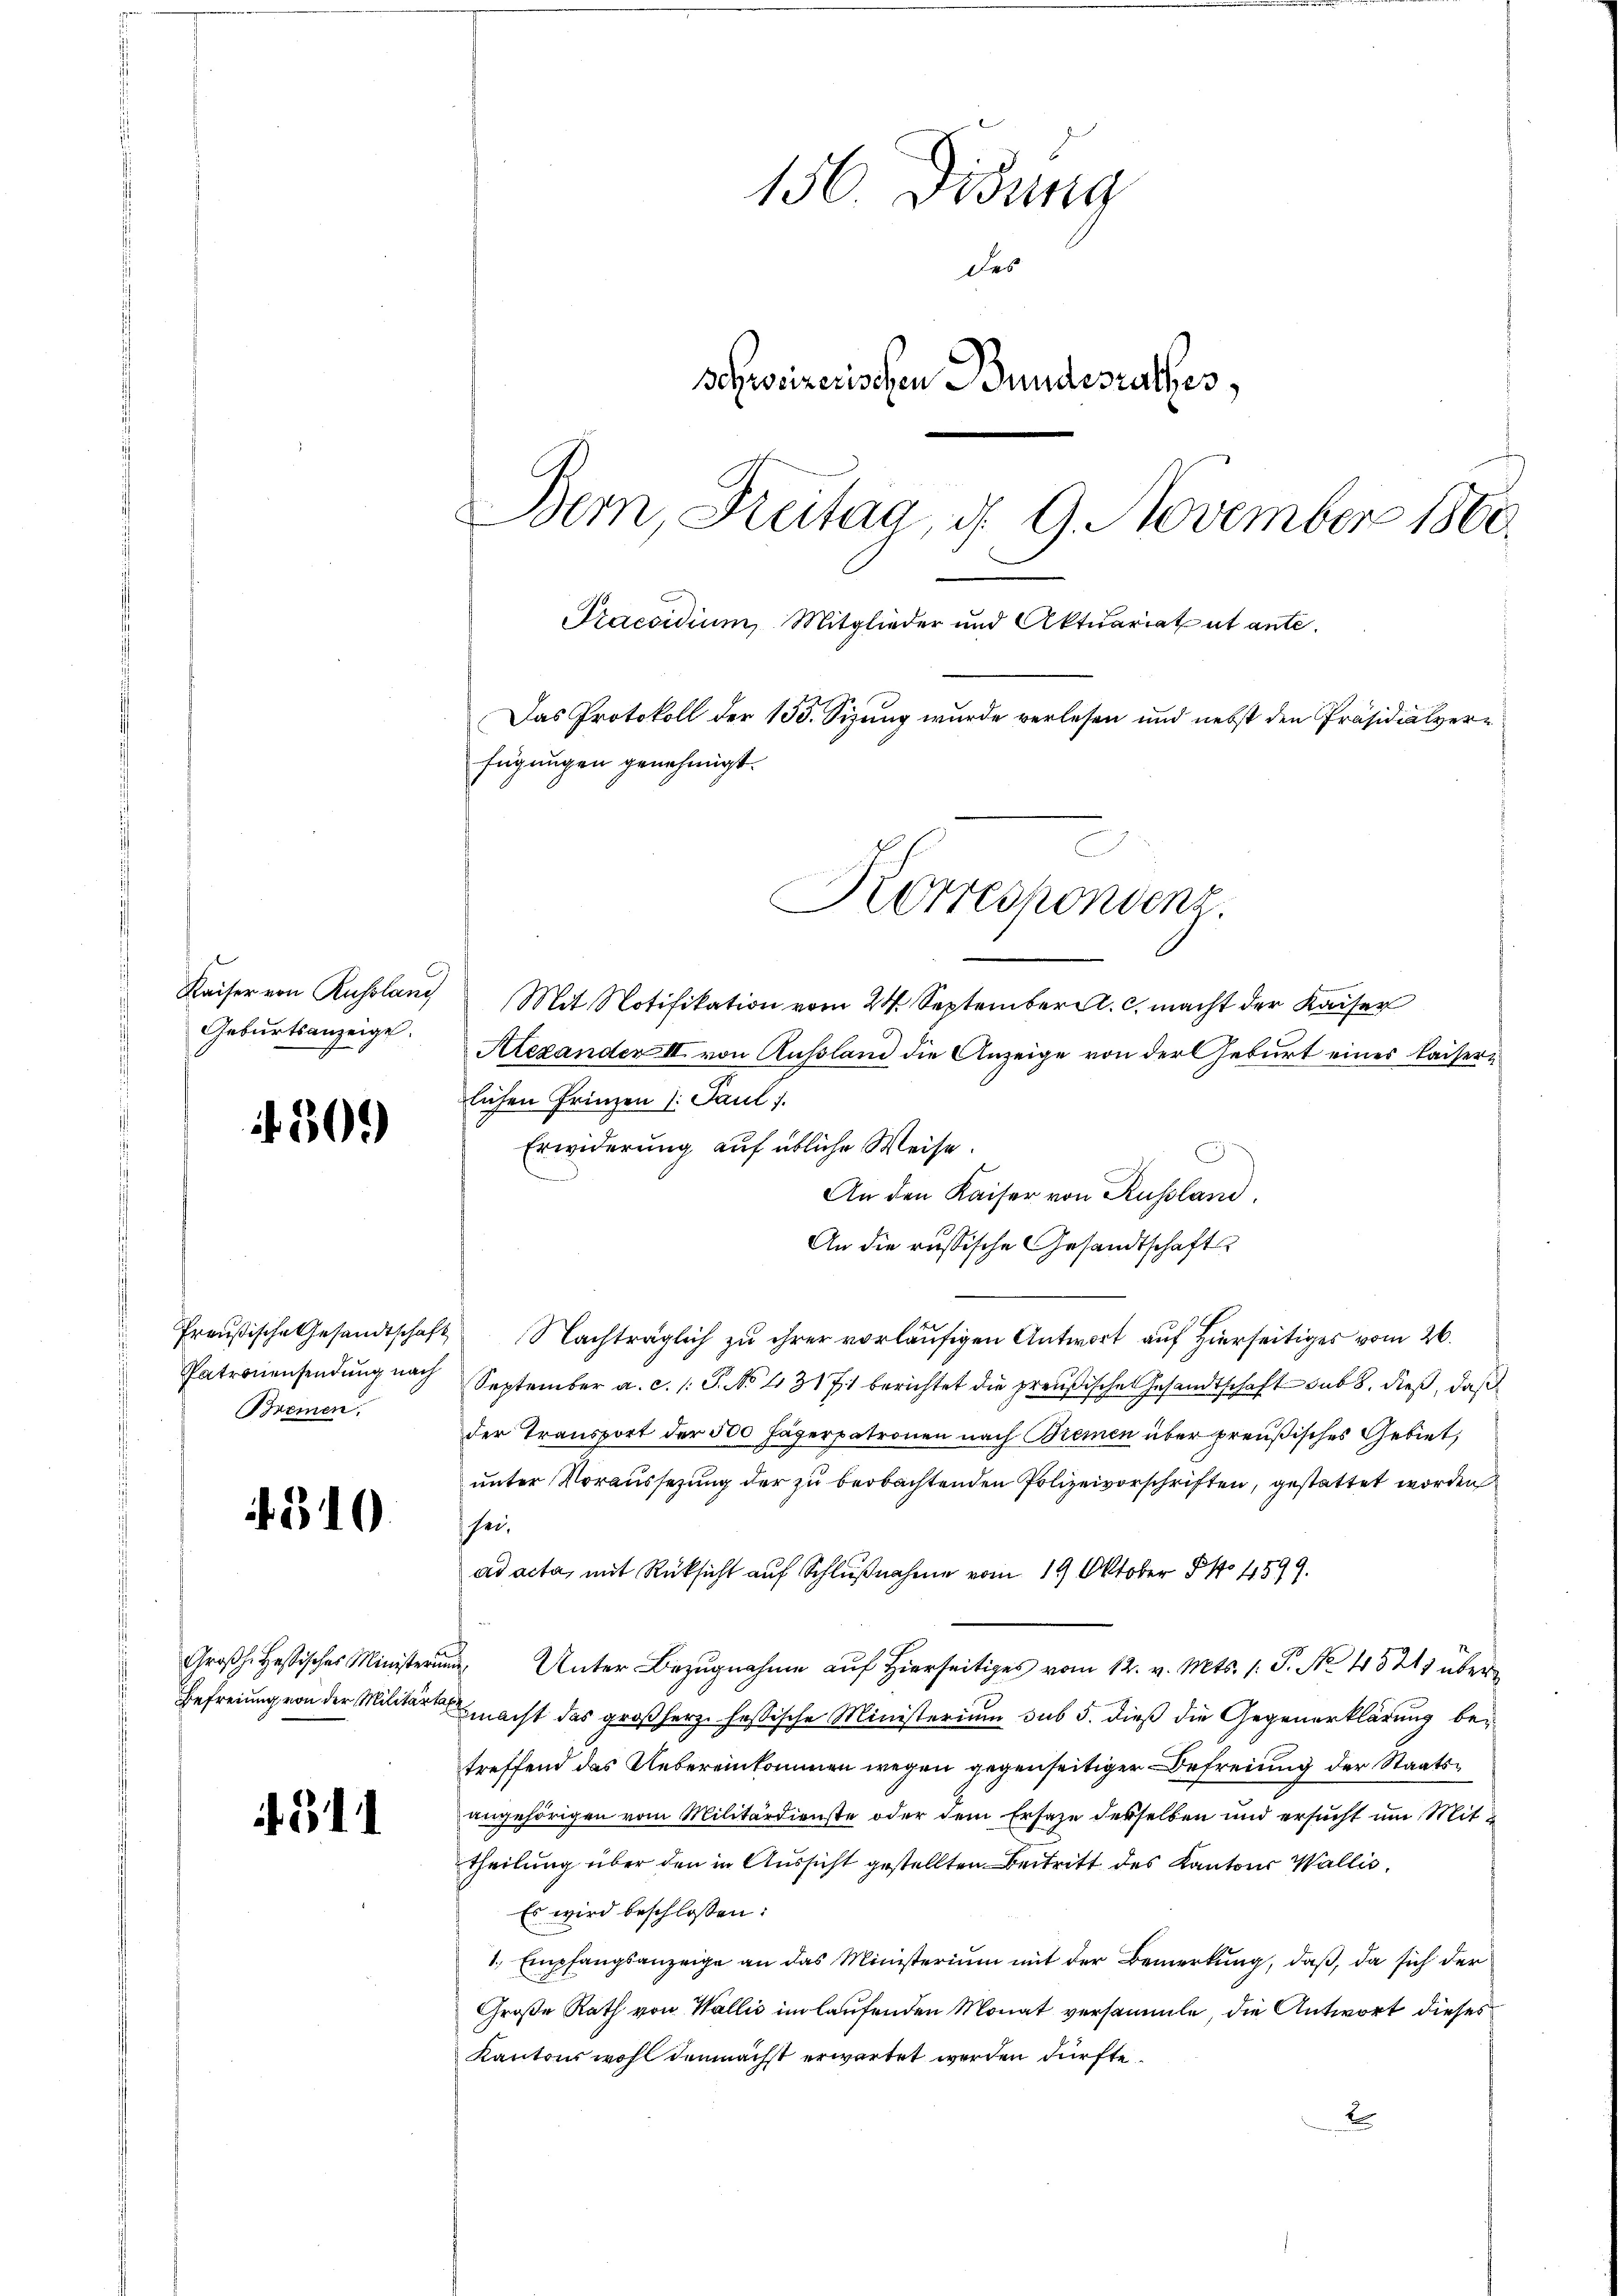
Kaiser von Russlang
Geburtsanzeige.

50.

Patronensendung nach
Bremen

4310.

Großh. Hessisches Ministeri
Befreiung von der Militärt

if. 311

156 Didung
Des
schweizerischen Bundesrathes,
Bern, Kreitag, d. 9. November 1860.
Praesidium, Mitglieder und Aktuariat et ante.
Das Protokoll der 153. Sizung wurde verlesen und nebst den Präsidialverfügungen genehmigt.
Korrespondenz.

Mit Notifikation vom 24. September. c. macht der Kaiser
Alexander II. von Aussland die Anzeige von der Geburt eines Kaisern
lichen Prinzen (: Pauli.
Erwiderung auf übliche Weise.
An den Kaiser von Russland.
An die russische Gesandtschaft
Preußische Gesandtschaft Nachträglich zu ihrer vorläŭfigen Antwort auf hierseitiges vom 26.
September a. c. /: P. NNo. 43171 berichtet die preußische Gesandtschaft sub 8. dieß, daß
der Transport der 500 Jägerpatronen nach Bremen über preußisches Gebiet,
unter Voraussetzung der zu beobachtenden Polizeivorschriften, gestattet worden
seiad acta, mit Rücksicht auf Schlußnahme vom 19. Oktober §. 1599.
um Unter Bezugnahme auf Hierseitiges vom 12. v. Mts. 1. P. No. 4521) übere
macht das großherz fessische Ministerium sub 5. dieß die Gegenerklärung betreffend das Uebereinkommen wegen gegenseitiger Befreiung der Staatsangehörigen vom Militärdienste oder dem Ersaze desselben und ersucht um Mittheilung über den in Aussicht gestellten Beitritt des Kantons Wallis,
Es wird beschlossen:
1. Empfangsanzeige an das Ministerium mit der Bemerkung, daß, da sich der
Große Rath von Wallis im laufenden Monat versammte, die Antwort dieses
Kantons wohl demnächst erwartet werden dürfte.